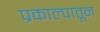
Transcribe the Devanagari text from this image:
प्रकाल्पातून